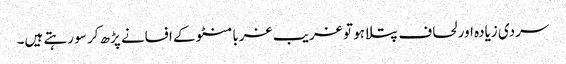
سردی زیادہ اور لحاف پتلا ہو تو غریب غربا منٹو کے افسانے پڑھ کر سو رہتے ہیں۔